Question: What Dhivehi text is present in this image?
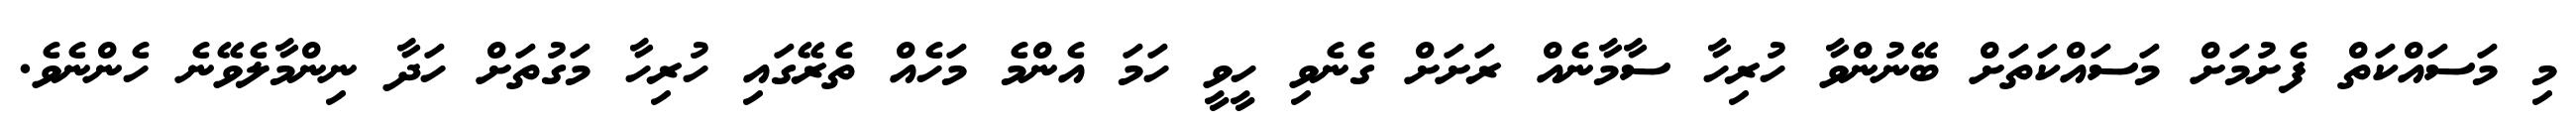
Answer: މި މަސައްކަތް ފެށުމަށް މަސައްކަތަށް ބޭނުންވާ ހުރިހާ ސާމާނެއް ރަށަށް ގެނެވި ހީވީ ހަމަ އެންމެ މަހެއް ތެރޭގައި ހުރިހާ މަގުތަށް ހަދާ ނިންމާލެވޭނެ ހެންނެވެ.